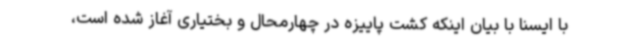
با ایسنا با بیان اینکه کشت پاییزه در چهارمحال و بختیاری آغاز شده است،